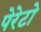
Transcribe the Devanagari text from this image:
पेरेटो